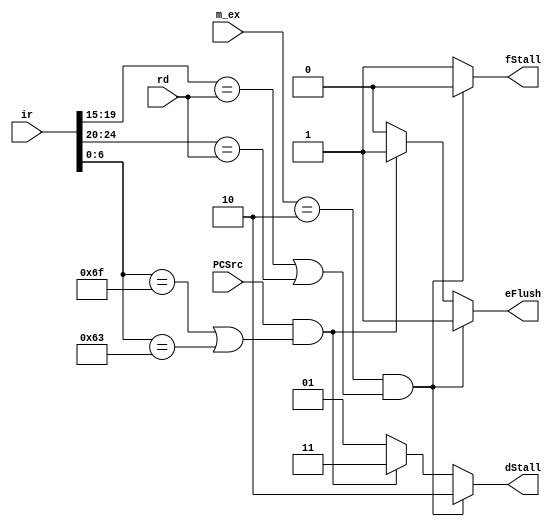
`timescale 1ns / 1ps
//////////////////////////////////////////////////////////////////////////////////
// Company: 
// Engineer: 
// 
// Design Name: 
// Module Name: hdu
// Project Name: 
// Target Devices: 
// Tool Versions: 
// Description: 
// 
// Dependencies: 
// 
// Revision:
// Revision 0.01 - File Created
// Additional Comments:
// 
//////////////////////////////////////////////////////////////////////////////////


module hdu(
    
    input[31:0]ir,
    input[4:0]rd,
    input[1:0]m_ex,
    input[0:0]PCSrc,

    output reg[0:0]fStall,
    output reg[1:0]dStall,
    output reg[0:0]eFlush

);

    parameter JAL=7'b1101111;
    parameter BEQ=7'b1100011;

always @(*) begin
    if(m_ex==2&&(ir[19:15]==rd||ir[24:20]==rd))begin
        eFlush=1;
        dStall=2;
        fStall=0;
    end else if(PCSrc&&(ir[6:0]==JAL||ir[6:0]==BEQ))begin
        eFlush=1;
        dStall=3;
        fStall=1;
    end else begin
        eFlush=0;
        dStall=1;
        fStall=1;
    end
end
    
endmodule